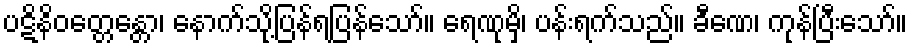
ပဋိနိဝတ္တေန္တော၊ နောက်သို့ပြန်ရပြန်သော်။ ရေဏုမှိ၊ ပန်းရက်သည်။ ခီဏေ၊ ကုန်ပြီးသော်။